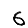
Digit: 6